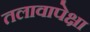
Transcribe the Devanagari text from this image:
तलावापेक्षा